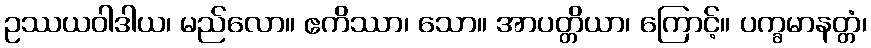
ဥဿယဝါဒါယ၊ မည်လော။ ဧကိဿာ၊ သော။ အာပတ္တိယာ၊ ကြောင့်။ ပက္ခမာနတ္တံ၊